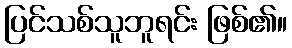
ပြင်သစ်သူဘူရင်း ဖြစ်၏။